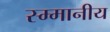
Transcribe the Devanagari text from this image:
स्म्मानीय